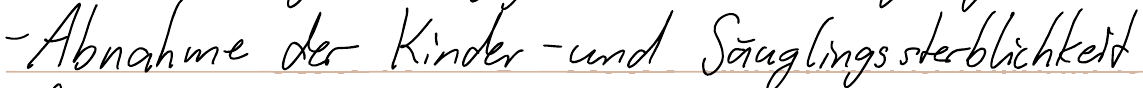
- Abnahme der Kinder- und Säuglingssterblichkeit